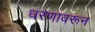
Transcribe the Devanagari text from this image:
धरणावरून